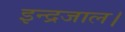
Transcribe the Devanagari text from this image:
इन्द्रजाल।